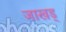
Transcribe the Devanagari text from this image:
जाखड्